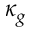
\kappa _ { g }